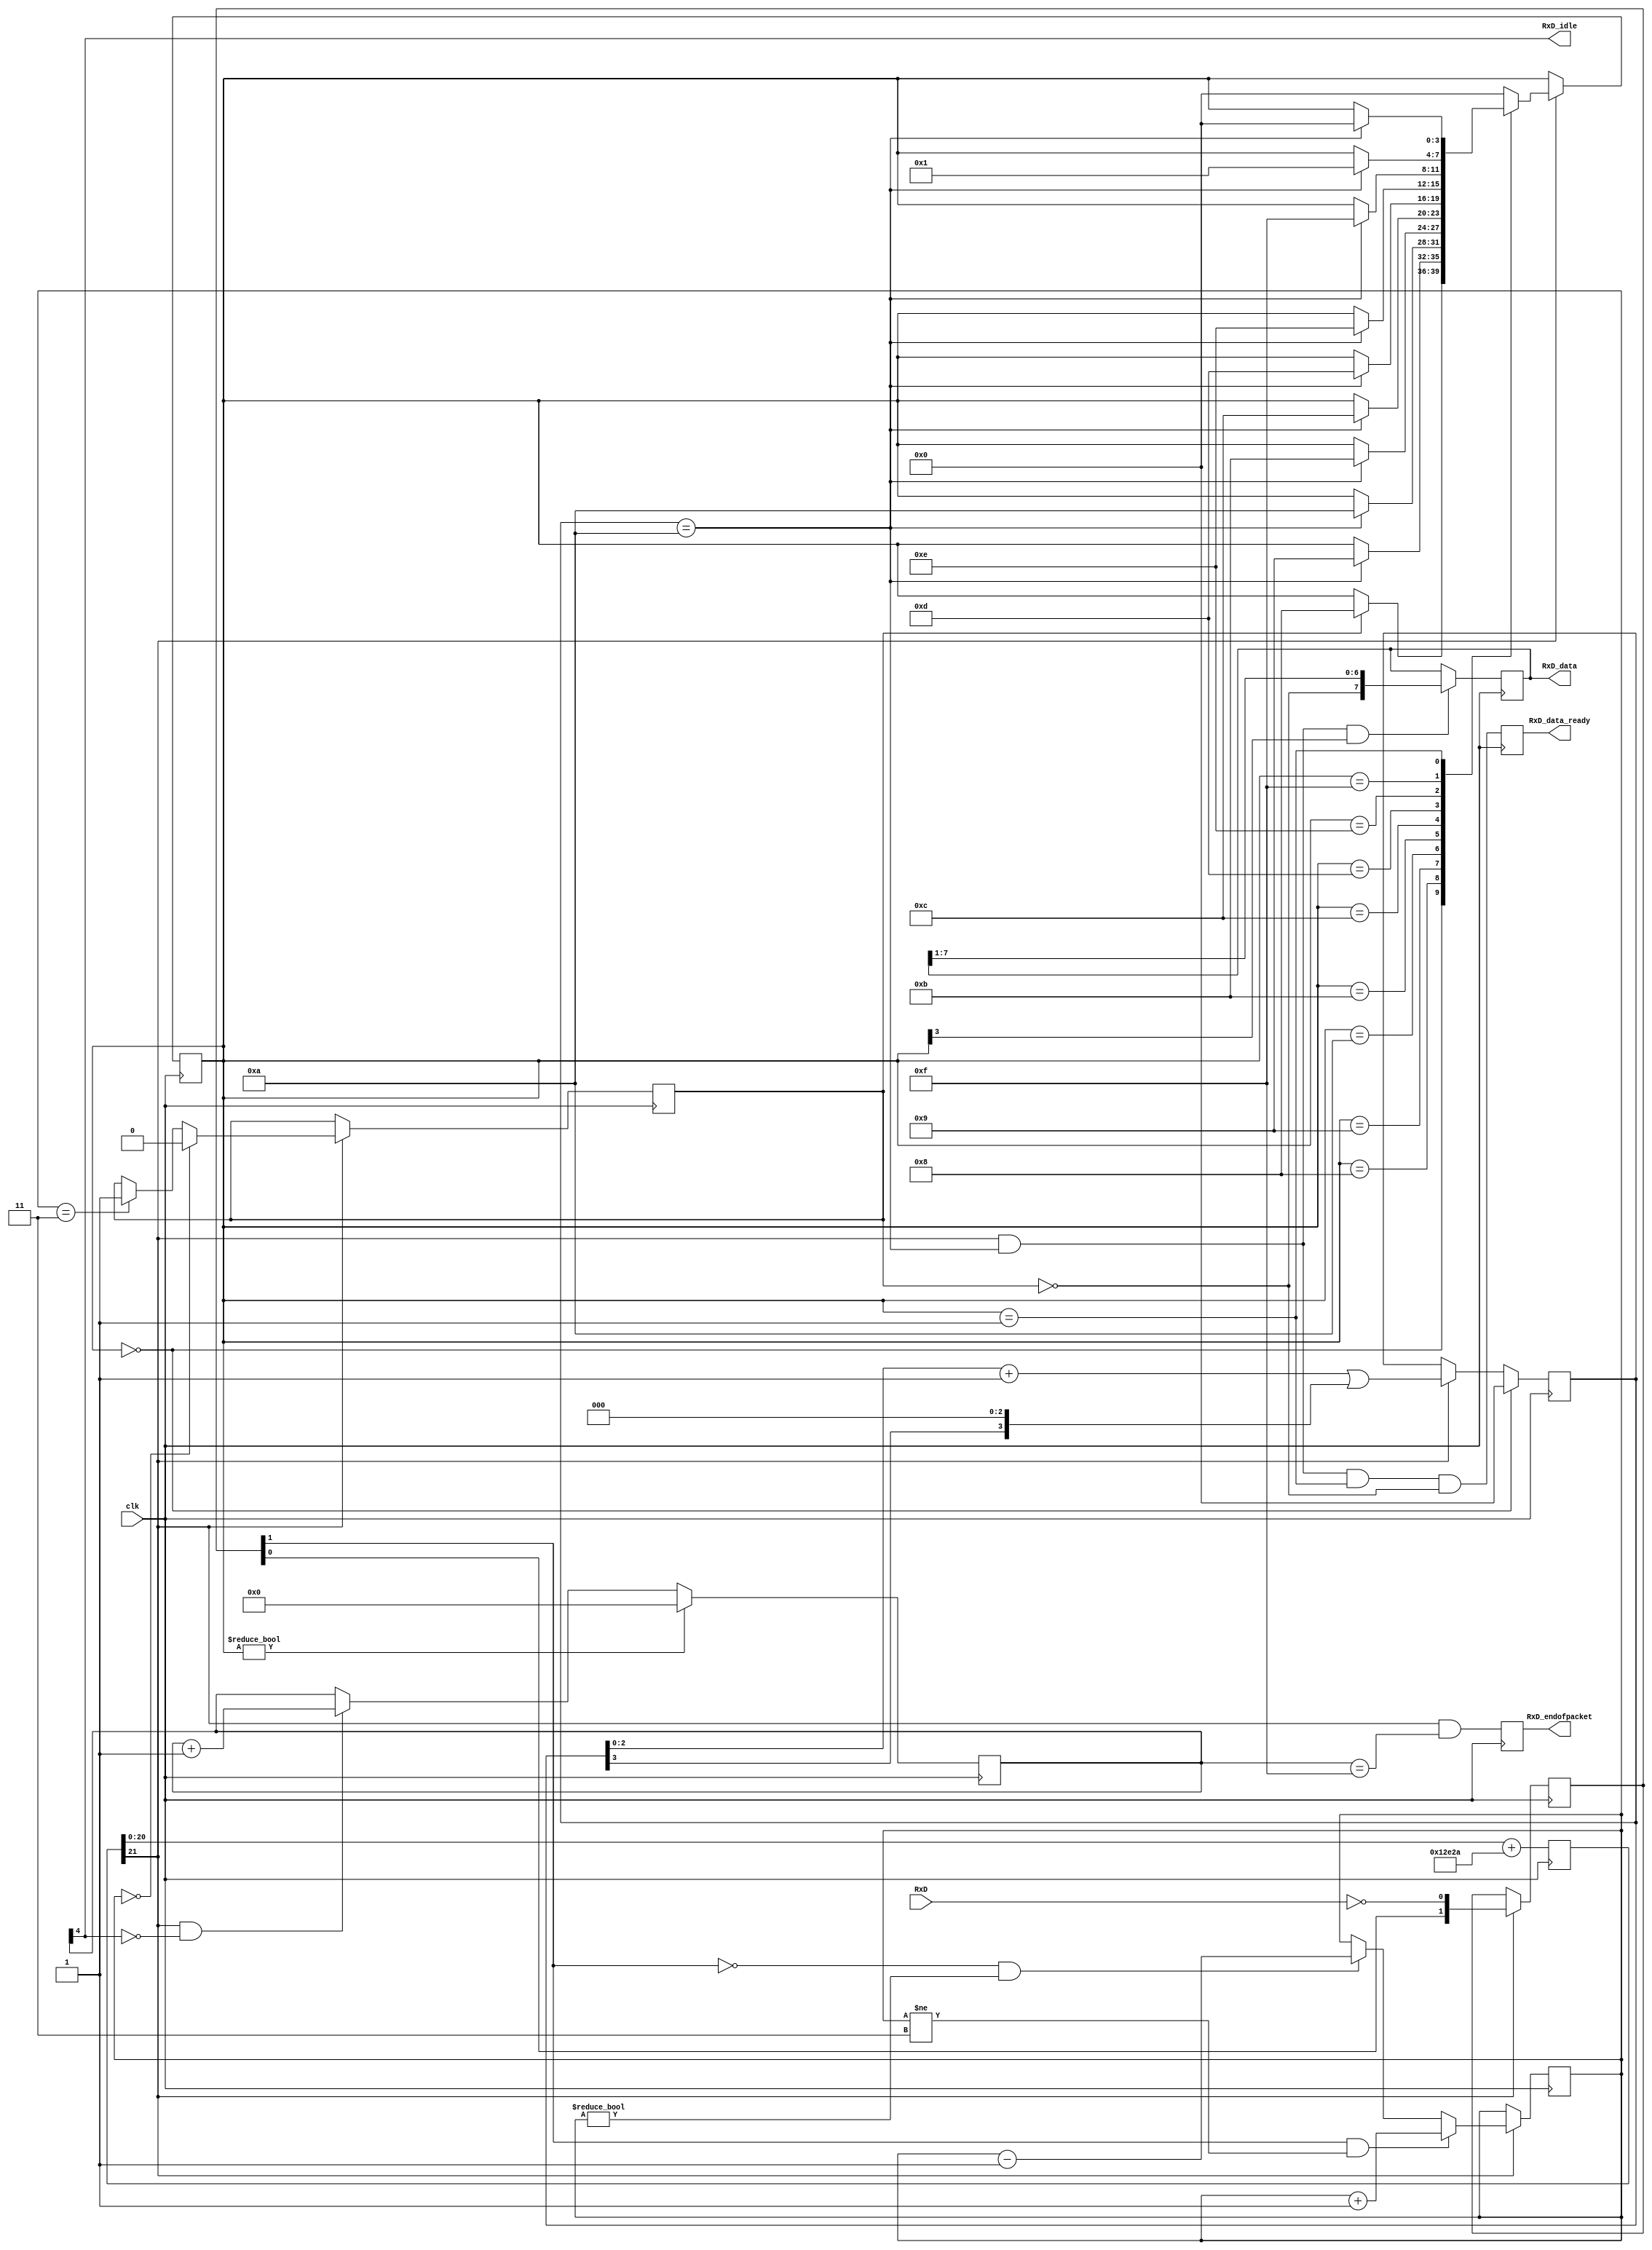
// RS-232 RX module
// (c) fpga4fun.com KNJN LLC - 2003, 2004, 2005, 2006

//				-Note that the calculation of "Baud8GeneratorInc" can overflow at complilation time, because Verilog does these computations
//					with 32 bits... so if you are trying to do math with numbers that require >32 bits, it gets mad.  To fix this, had to 
//					adjust the calculation of Baud8GeneratorInc... so now may not be as precise (or work at all) with low clk or baud rates.

module async_receiver(clk, RxD, RxD_data_ready, RxD_data, RxD_endofpacket, RxD_idle);
input clk, RxD;
output RxD_data_ready;  // onc clock pulse when RxD_data is valid
output [7:0] RxD_data;

parameter ClkFrequency = 25000000; // 25MHz
parameter Baud = 115200;

// We also detect if a gap occurs in the received stream of characters
// That can be useful if multiple characters are sent in burst
//  so that multiple characters can be treated as a "packet"
output RxD_endofpacket;  // one clock pulse, when no more data is received (RxD_idle is going high)
output RxD_idle;  // no data is being received

// Baud generator (we use 8 times oversampling)
parameter Baud8 = Baud*8;
// parameter Baud8GeneratorAccWidth = 16;
parameter Baud8GeneratorAccWidth = 21;
// wire [Baud8GeneratorAccWidth:0] Baud8GeneratorInc = ((Baud8<<(Baud8GeneratorAccWidth-7))+(ClkFrequency>>8))/(ClkFrequency>>7);
wire [Baud8GeneratorAccWidth:0] Baud8GeneratorInc = ((Baud8<<(Baud8GeneratorAccWidth-14))+(ClkFrequency>>15))/(ClkFrequency>>14);	// for previous implementation, see above line
reg [Baud8GeneratorAccWidth:0] Baud8GeneratorAcc;
always @(posedge clk) Baud8GeneratorAcc <= Baud8GeneratorAcc[Baud8GeneratorAccWidth-1:0] + Baud8GeneratorInc;
wire Baud8Tick = Baud8GeneratorAcc[Baud8GeneratorAccWidth];

////////////////////////////
reg [1:0] RxD_sync_inv;
always @(posedge clk) if(Baud8Tick) RxD_sync_inv <= {RxD_sync_inv[0], ~RxD};
// we invert RxD, so that the idle becomes "0", to prevent a phantom character to be received at startup

reg [1:0] RxD_cnt_inv;
reg RxD_bit_inv;

always @(posedge clk)
if(Baud8Tick)
begin
	if( RxD_sync_inv[1] && RxD_cnt_inv!=2'b11) RxD_cnt_inv <= RxD_cnt_inv + 2'h1;
	else 
	if(~RxD_sync_inv[1] && RxD_cnt_inv!=2'b00) RxD_cnt_inv <= RxD_cnt_inv - 2'h1;

	if(RxD_cnt_inv==2'b00) RxD_bit_inv <= 1'b0;
	else
	if(RxD_cnt_inv==2'b11) RxD_bit_inv <= 1'b1;
end

reg [3:0] state;
reg [3:0] bit_spacing;

// "next_bit" controls when the data sampling occurs
// depending on how noisy the RxD is, different values might work better
// with a clean connection, values from 8 to 11 work
wire next_bit = (bit_spacing==4'd10);

always @(posedge clk)
if(state==0)
	bit_spacing <= 4'b0000;
else
if(Baud8Tick)
	bit_spacing <= {bit_spacing[2:0] + 4'b0001} | {bit_spacing[3], 3'b000};

always @(posedge clk)
if(Baud8Tick)
case(state)
	4'b0000: if(RxD_bit_inv) state <= 4'b1000;  // start bit found?
	4'b1000: if(next_bit) state <= 4'b1001;  // bit 0
	4'b1001: if(next_bit) state <= 4'b1010;  // bit 1
	4'b1010: if(next_bit) state <= 4'b1011;  // bit 2
	4'b1011: if(next_bit) state <= 4'b1100;  // bit 3
	4'b1100: if(next_bit) state <= 4'b1101;  // bit 4
	4'b1101: if(next_bit) state <= 4'b1110;  // bit 5
	4'b1110: if(next_bit) state <= 4'b1111;  // bit 6
	4'b1111: if(next_bit) state <= 4'b0001;  // bit 7
	4'b0001: if(next_bit) state <= 4'b0000;  // stop bit
	default: state <= 4'b0000;
endcase

reg [7:0] RxD_data;
always @(posedge clk)
if(Baud8Tick && next_bit && state[3]) RxD_data <= {~RxD_bit_inv, RxD_data[7:1]};

reg RxD_data_ready, RxD_data_error;
always @(posedge clk)
begin
	RxD_data_ready <= (Baud8Tick && next_bit && state==4'b0001 && ~RxD_bit_inv);  // ready only if the stop bit is received
	RxD_data_error <= (Baud8Tick && next_bit && state==4'b0001 &&  RxD_bit_inv);  // error if the stop bit is not received
end

reg [4:0] gap_count;
always @(posedge clk) if (state!=0) gap_count<=5'h00; else if(Baud8Tick & ~gap_count[4]) gap_count <= gap_count + 5'h01;
assign RxD_idle = gap_count[4];
reg RxD_endofpacket; always @(posedge clk) RxD_endofpacket <= Baud8Tick & (gap_count==5'h0F);

endmodule